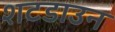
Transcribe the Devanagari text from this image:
शटडाउन